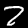
Label: 2